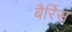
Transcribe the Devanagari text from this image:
बैर्रिस